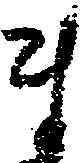
ま